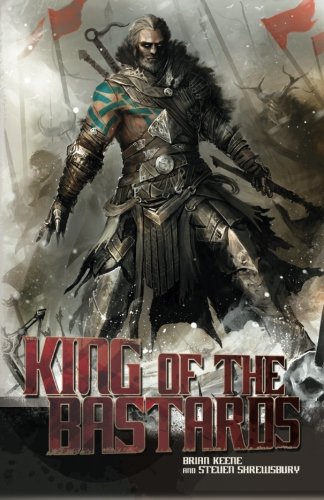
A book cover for King of the Bastards; Brian Keene; Science Fiction & Fantasy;